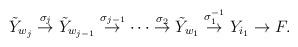
LaTeX: \begin{align*}\tilde{Y}_{w_{j}}\stackrel{\sigma_{j}}{\rightarrow}\tilde{Y}_{w_{j-1}}\stackrel{\sigma_{j-1}}{\rightarrow}\cdots\stackrel{\sigma_{2}}{\rightarrow}\tilde{Y}_{w_{1}}\stackrel{\sigma_{1}^{-1}}{\rightarrow}Y_{i_{1}}\rightarrow F .\end{align*}